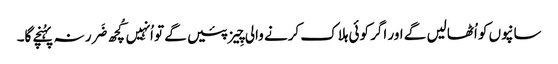
سانپوں کو اُٹھالیں گے اور اگر کوئی ہلاک کرنے والی چِیز پئیں گے تو اُنہِیں کُچھ ضَرر نہ پہُنچے گا۔